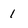
Character: 1